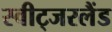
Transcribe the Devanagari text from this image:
स्वीट्‍जरलैंड